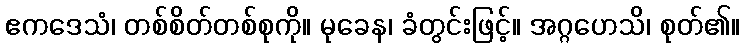
ဧကဒေသံ၊ တစ်စိတ်တစ်စုကို။ မုခေန၊ ခံတွင်းဖြင့်။ အဂ္ဂဟေသိ၊ စုတ်၏။